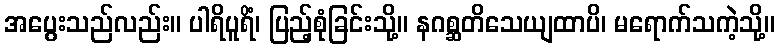
အပွေးသည်လည်း။ ပါရိပူရိံ၊ ပြည့်စုံခြင်းသို့။ နဂစ္ဆတိသေယျထာပိ၊ မရောက်သကဲ့သို့။